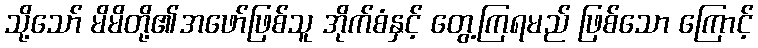
သို့သော် မိမိတို့၏အဖော်ဖြစ်သူ အိုက်စံနှင့် တွေ့ကြရမည် ဖြစ်သော ကြောင့်